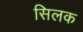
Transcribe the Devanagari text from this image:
सिलक